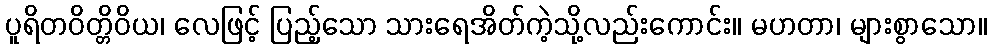
ပူရိတဝိတ္တိဝိယ၊ လေဖြင့် ပြည့်သော သားရေအိတ်ကဲ့သို့လည်းကောင်း။ မဟတာ၊ များစွာသော။